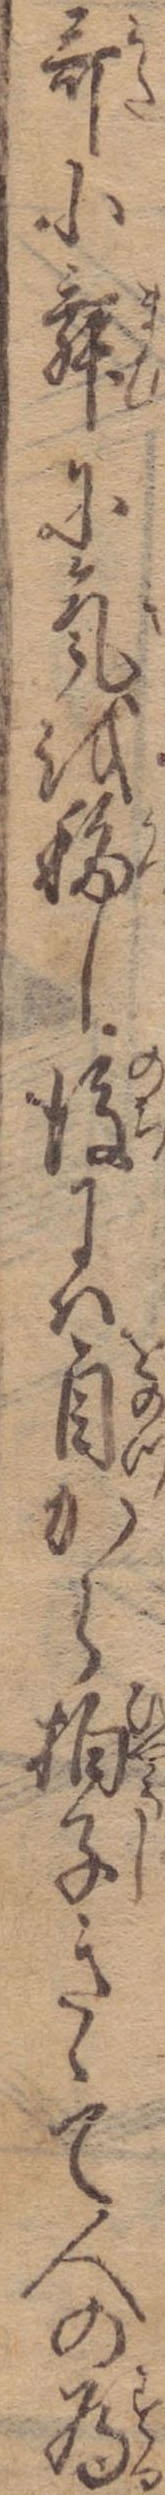
歌小舞に気を移し後には自から拍子きゝて人の為